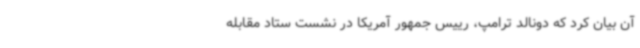
آن بیان کرد که دونالد ترامپ، رییس جمهور آمریکا در نشست ستاد مقابله